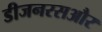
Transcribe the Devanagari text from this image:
डीजनरसऔर